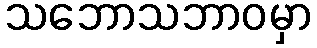
သဘောသဘာဝမှာ